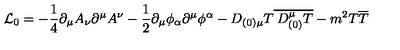
{ \cal L } _ { 0 } = - \frac { 1 } { 4 } \partial _ { \mu } A _ { \nu } \partial ^ { \mu } A ^ { \nu } - \frac { 1 } { 2 } \partial _ { \mu } \phi _ { \alpha } \partial ^ { \mu } \phi ^ { \alpha } - D _ { ( 0 ) \mu } T \overline { { \: D _ { ( 0 ) } ^ { \mu } T } } - m ^ { 2 } T \overline { { T } }